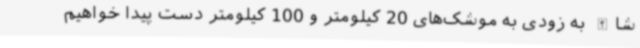
شاالله به زودی به موشک‌های 20 کیلومتر و 100 کیلومتر دست پیدا خواهیم‌